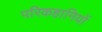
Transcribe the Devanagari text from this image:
परिकहानियों